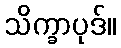
သိက္ခာပုဒ်။